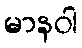
မာနဝါ